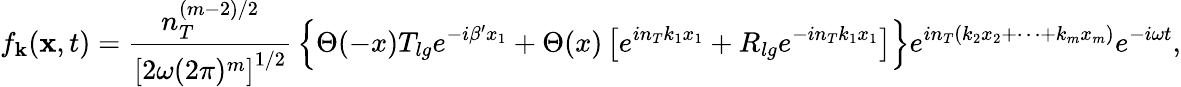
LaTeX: f_{\mathbf k}({\mathbf x},t)={\frac{n_{T}^{(m-2)/2}}{\left[2\omega(2\pi)^{m}\right]^{1/2}}}\left\{ \Theta(-x)T_{lg}e^{-i\beta^{\prime}x_{1}}+\Theta(x)\left[e^{in_{T}k_{1}x_{1}}+R_{lg}e^{-in_{T}k_{1}x_{1}}\right]\right\} e^{in_{T}(k_{2}x_{2}+\cdots+k_{m}x_{m})}e^{-i\omega t},